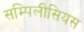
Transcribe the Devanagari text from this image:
सम्पिलीसियस